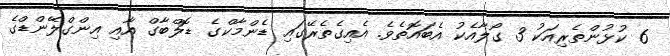
6 ކުޅުންތެރިއަކު 3 ގޯލާއެކު އެބައޮތެވެ. އެއިގެތެރޭގައި ޑެންމާކްގެ ޑޮލްބާގް އާއި އިންގްލޭންޑްގެ